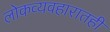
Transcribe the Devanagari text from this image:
लोकव्यवहारातही